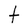
Character: t